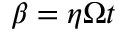
\beta = \eta \Omega t